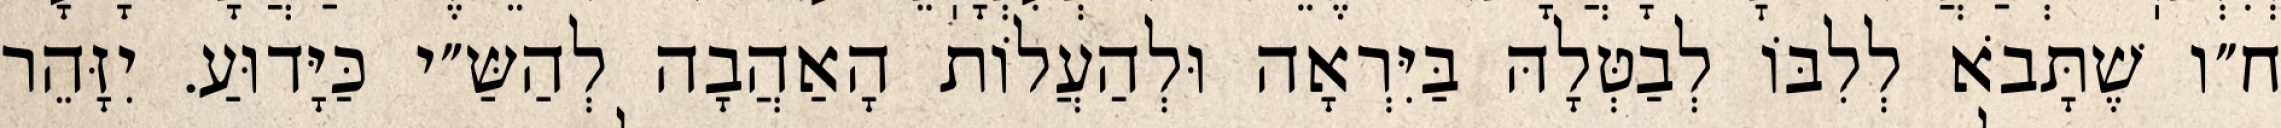
ח״ו שֶׁתָּבֹא לְלִבּוֹ לְבַטְּלָהּ בַּיִּרְאָה וּלְהַעֲלוֹת הָאַהֲבָה לְהַשַּ״י כַּיָּדוּעַ. יִזָּהֵר